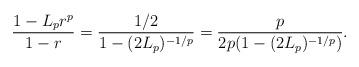
LaTeX: \begin{align*}\frac{1-L_pr^p}{1-r}= \frac{1/2}{1-(2L_p)^{-1/p}}= \frac{p}{2p(1-(2L_p)^{-1/p})}.\end{align*}